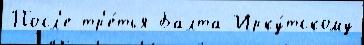
Посл'е тр'е́тья Балта Ирку́тскому